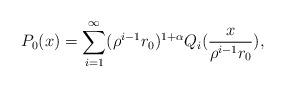
LaTeX: \begin{align*}P_0(x) = \sum_{i=1}^\infty (\rho^{i-1}r_0)^{1+\alpha} Q_i(\frac{x}{ \rho^{i-1}r_0}),\end{align*}